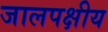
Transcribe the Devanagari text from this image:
जालपक्षीय